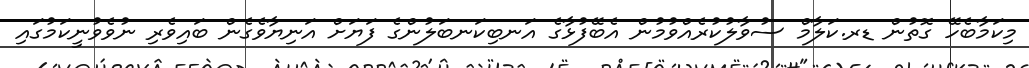
މިކަމާބެހޭ ގޮތުން ޑރ.ކަލާމް ސުވާލުކުރެއްވުމުން އެބޭފުޅާގެ އަނބިކަނބަލުންގެ ފަޔަށް އަނިޔާވެގެން ބައިވެރި ނުވެވުނީކަމުގައި